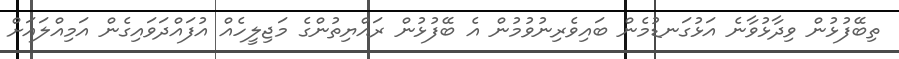
ތިބޭފުޅުން ވިދާޅުވާނެ އަޅުގަނޑުމެން ބައިވެރިނުވުމުން އެ ބޭފުޅުން ރައްޔިތުންގެ މަޖިލީހެއް އުފައްދަވައިގެން އަމިއްލައަށް